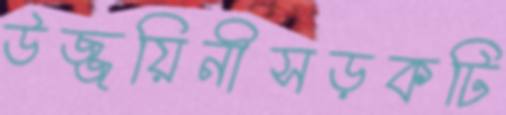
উজ্জয়িনীসড়কটি